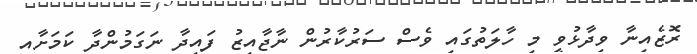
ރޮޒެއިނާ ވިދާޅުވީ މި ހާލަތުގައި ވެސް ސަރުކާރުން ނާޖާއިޒު ފައިދާ ނަގަމުންދާ ކަމަށާއި